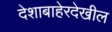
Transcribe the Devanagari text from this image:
देशाबाहेरदेखील